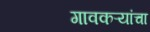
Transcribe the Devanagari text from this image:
गावकऱ्यांचा